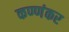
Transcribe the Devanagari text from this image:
कण्णंकर